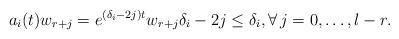
LaTeX: \begin{align*}a_i(t)w_{r+j}=e^{(\delta_i-2j)t}w_{{r+j}} \delta_{i}-2j\leq \delta_{i}, \forall \,j=0,\dots,l-r. \end{align*}